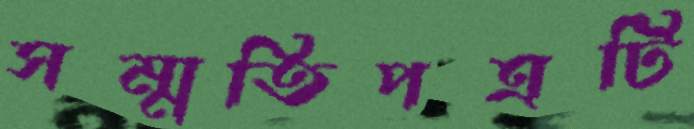
সম্মতিপত্রটি